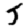
Digit: 5